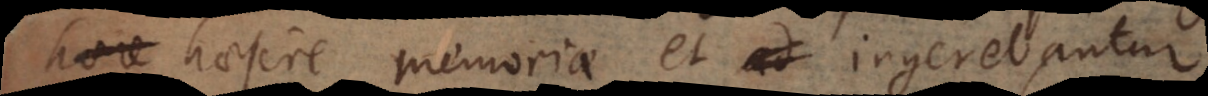
haesere memoriae, et ingerebantur